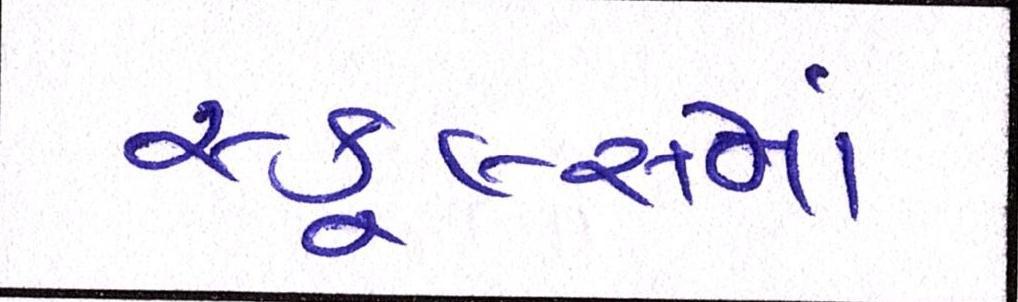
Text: સ્કૂલ્સમાં